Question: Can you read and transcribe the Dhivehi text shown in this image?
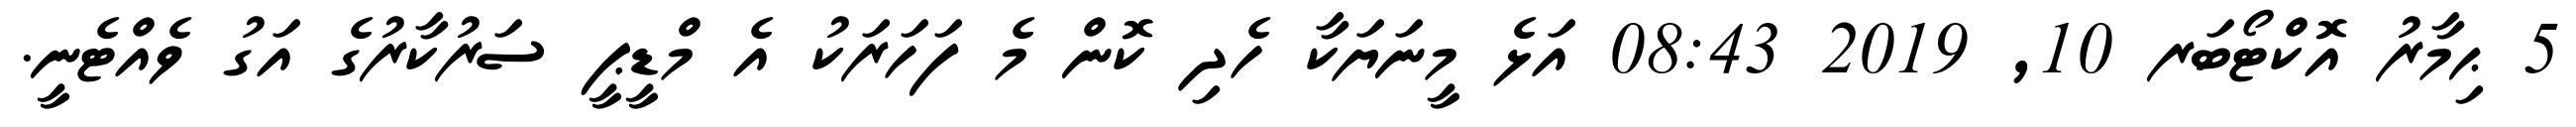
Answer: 5 ޙިމާރު އޮކްޓޯބަރ 10, 2019 08:43 އަޅެ މީނަޔަކާ ހެދި ކޮން މެ ފަހަރަކު އެ މްޑީޕީ ސަރުކާރުގެ އަގު ވެއްޓެނީ.